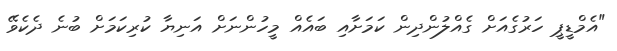
"އެމްޑީޕީ ހަރުގެއަށް ގެއްލުންދިން ކަމަށާއި ބައެއް މީހުންނަށް އަނިޔާ ކުރިކަމަށް ބުނެ ދެކެވޭ